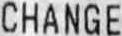
CHANGE